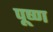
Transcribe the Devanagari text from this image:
पूष्ण